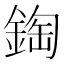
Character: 鋾